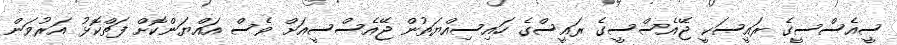
ސީއެސްސީގެ ރައީސަކީ ޖޭއެސްސީގެ ރައީސްގެ ހައިސިއްޔަތުން ޖޭއެސްސީއަށް ވެސް އައްޔަންކޮށް ފަތްކޮޅު އަރުވަން